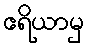
ဧရိယာမှ